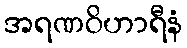
အရဏဝိဟာရီနံ